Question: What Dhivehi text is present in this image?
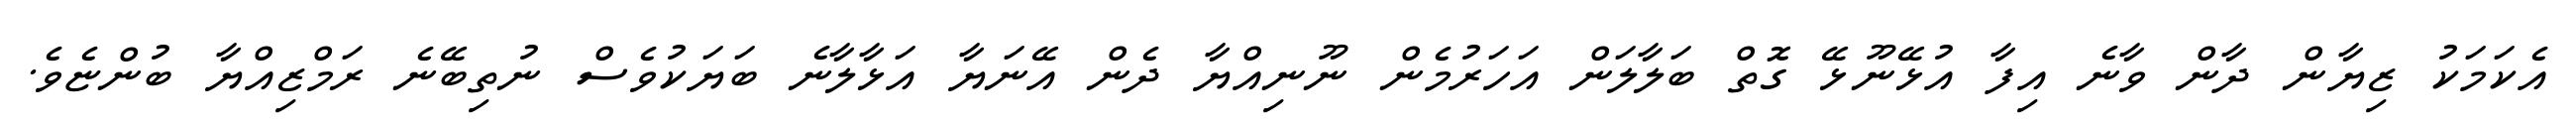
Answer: އެކަމަކު ޒިޔާން ދާން ވާނެ އިފާ އުޅޭނޫޅޭ ގޮތް ބަލާލަން އަހަރުމެން ނޫނިއްޔާ ދެން އޭނަޔާ އަޅާލާނެ ބަޔަކުވެސް ނުތިބޭނެ ރަމްޒިއްޔާ ބުންޏެވެ.